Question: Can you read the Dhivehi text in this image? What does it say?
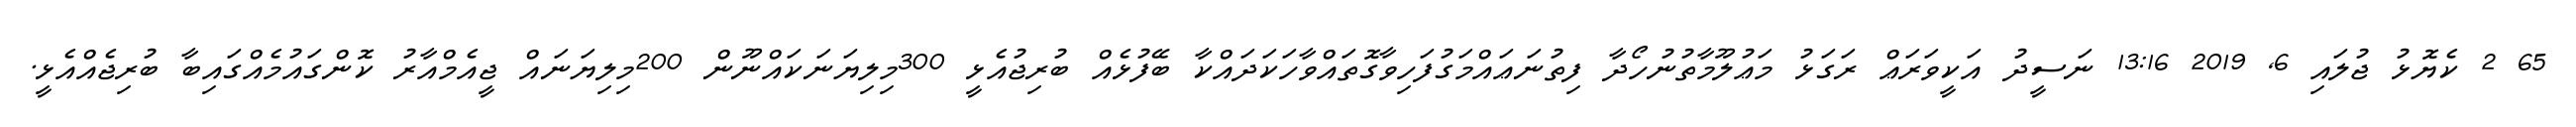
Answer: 65 2 ކެޔޮޅު ޖުލައި 6, 2019 13:16 ނަސީދު އަކީވަރަޢް ރަގަޅު މަޢުލޫމާތުނުހޯދާ ފިތުނަޢައްމަގުފަހިވާގޮތައްވާހަކަދައްކާ ބޭފުޅެއް ބުރިޖުއެޅީ 300މިލިޔަނަކައްނޫން 200މިލިޔަނައް ޖީއެމްއާރު ކޮންގައުމެއްގައިބާ ބުރިޖެއްއެޅީ.